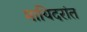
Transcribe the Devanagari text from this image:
मायिदरांत